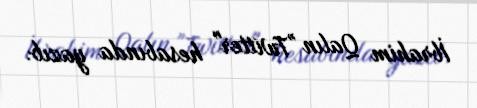
İbrahim Qalın "Twitter" hesabında yazıb.